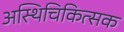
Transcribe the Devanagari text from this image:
अस्थिचिकित्सक